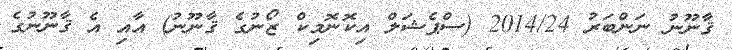
ޤާނޫނު ނަންބަރު 2014/24 (ސްޕެޝަލް އިކޮނޮމިކް ޒޯނުގެ ޤާނޫނު) އާއި އެ ޤާނޫނުގެ